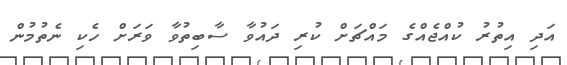
އަދި އިތުރު ކުއްޖެއްގެ މައްޗަށް ކުރި ދައުވާ ސާބިތުވާ ވަރަށް ހެކި ނެތުމުން